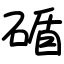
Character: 碷